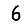
Digit: 6